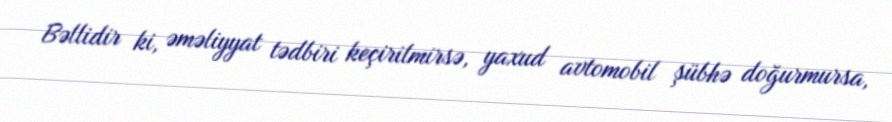
Bəllidir ki, əməliyyat tədbiri keçirilmirsə, yaxud avtomobil şübhə doğurmursa,